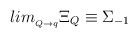
\begin{align*}lim_{_{Q\rightarrow q}}\Xi _Q\equiv \Sigma _{-1}\end{align*}